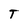
Character: T